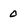
Character: 0